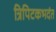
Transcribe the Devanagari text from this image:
त्रिपिटकभदंत